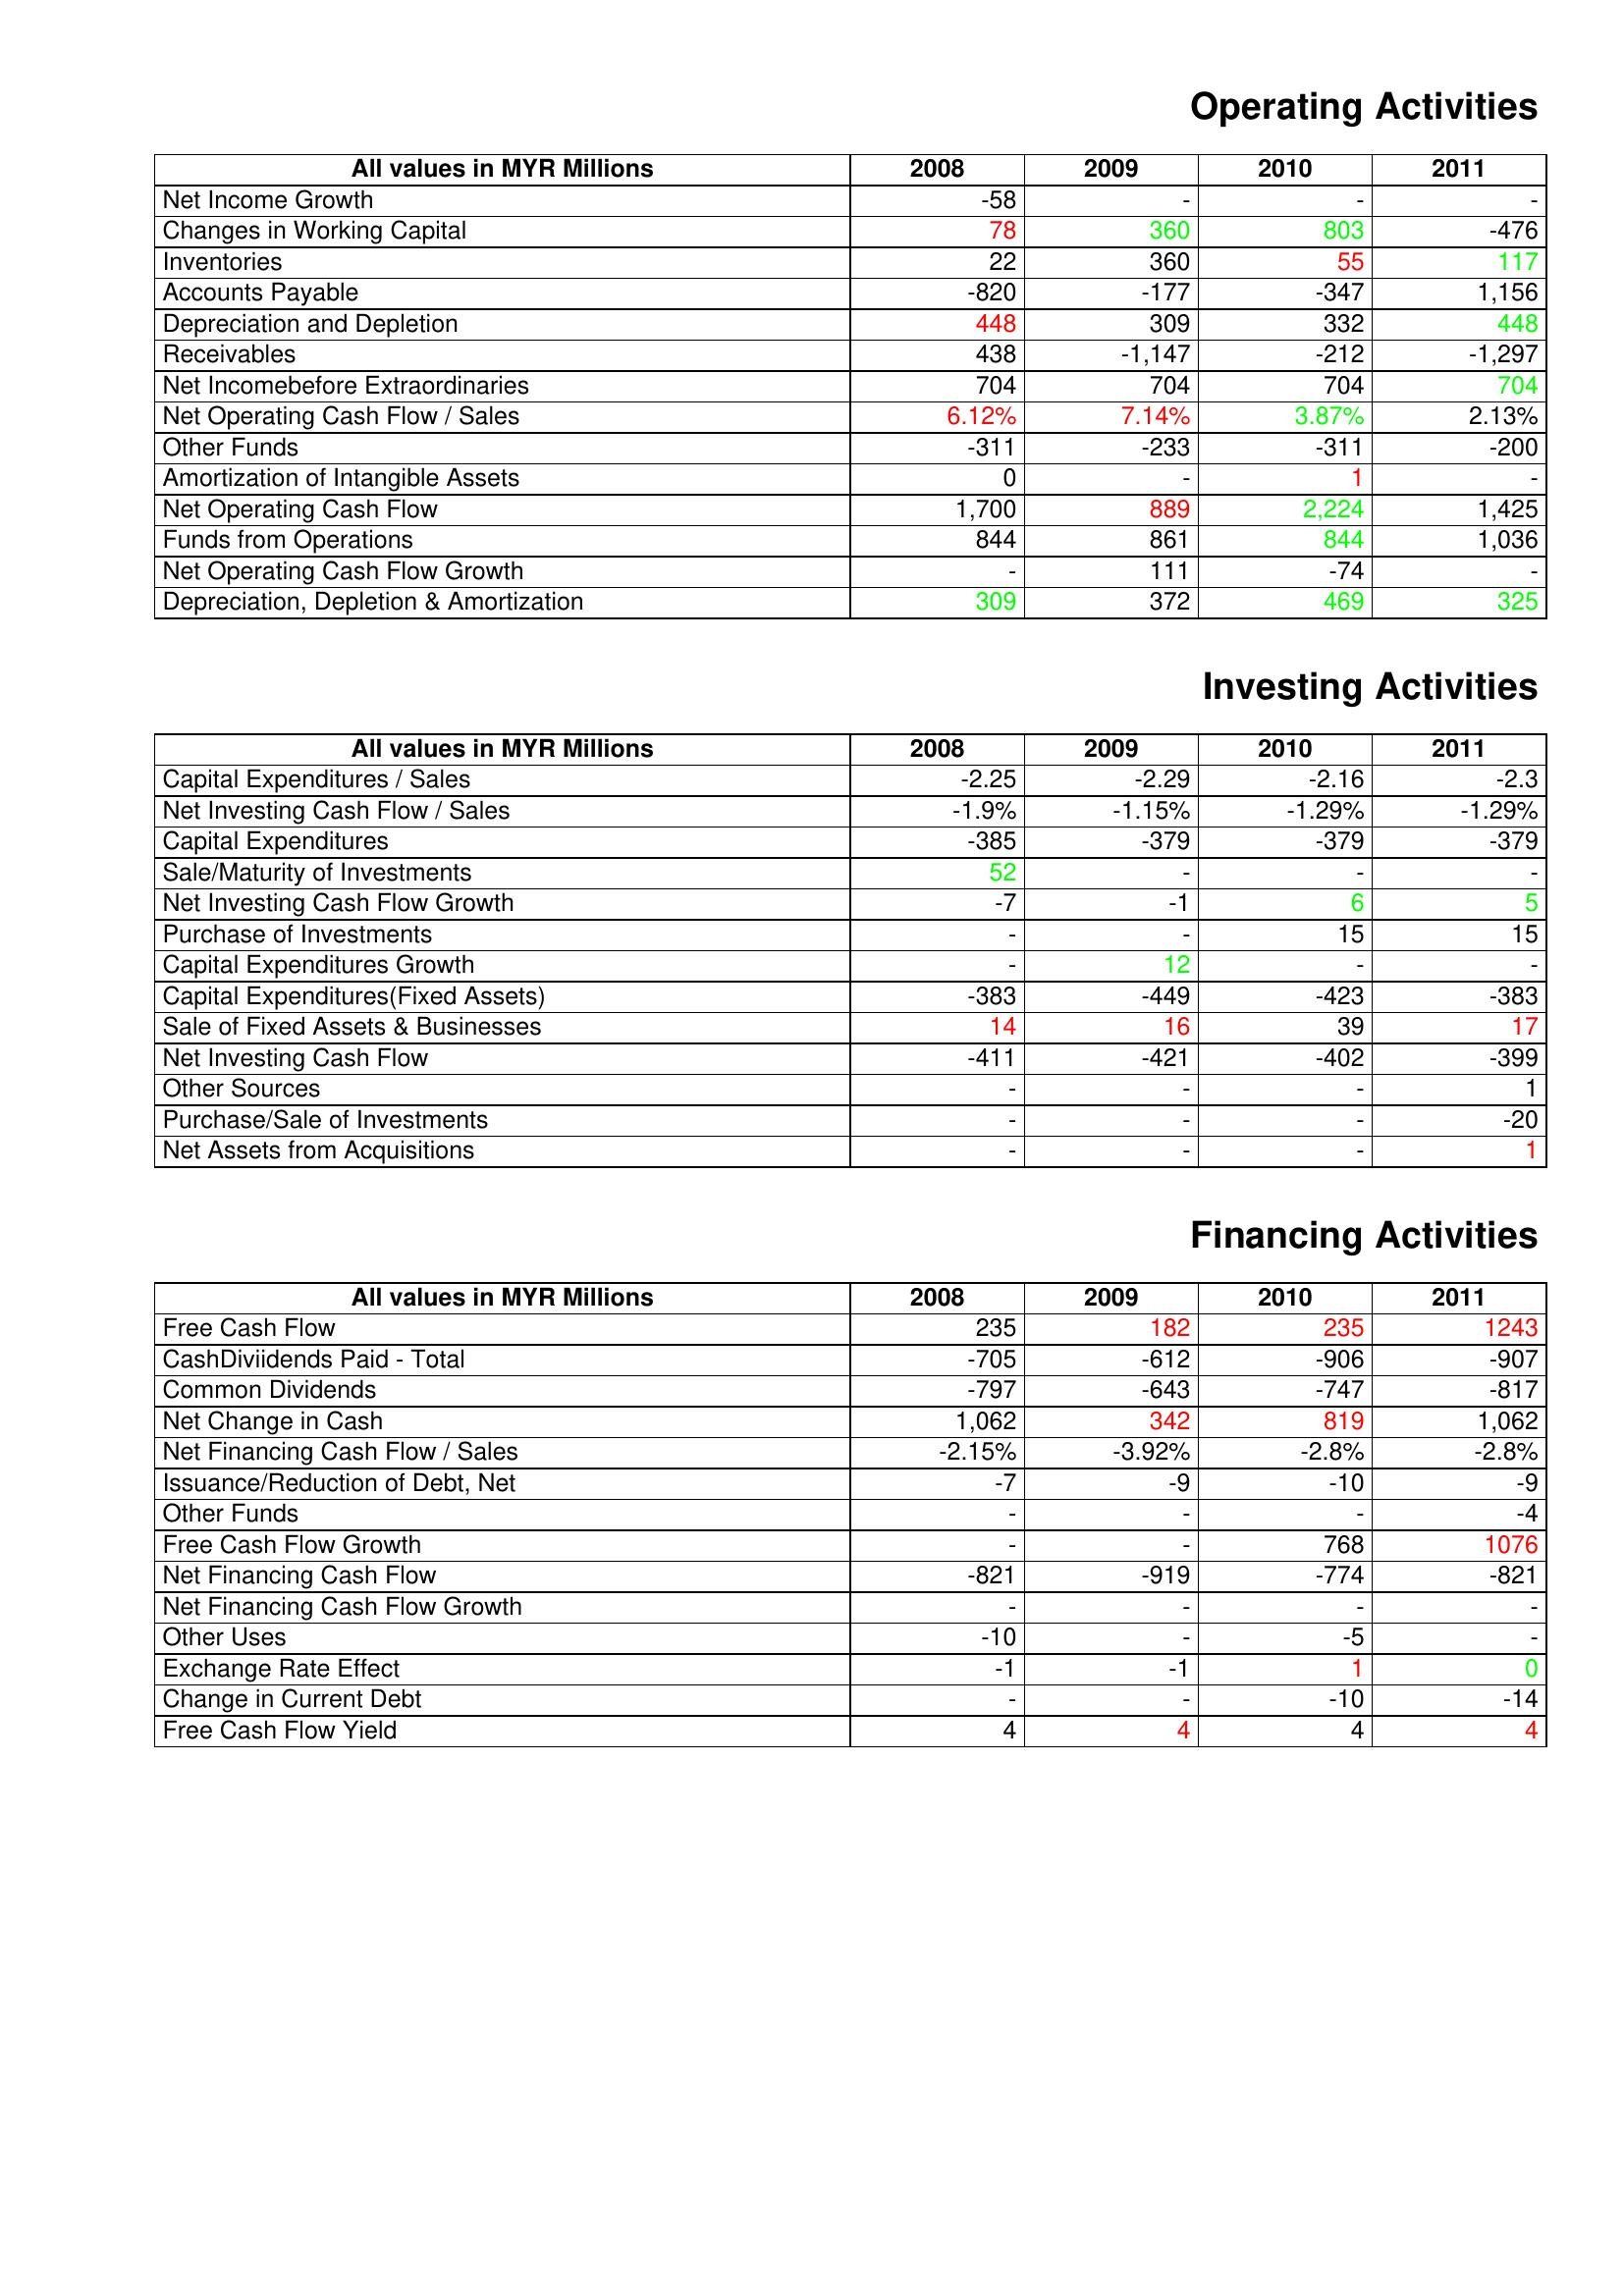
gt_parse: 2008: Operating Activities: Net Income Growth: -58
Changes in Working Capital: 78
Inventories: 22
Accounts Payable: -820
Depreciation and Depletion: 448
Receivables: 438
Net Incomebefore Extraordinaries: 704
Net Operating Cash Flow / Sales: 6.12%
Other Funds: -311
Amortization of Intangible Assets: 0
Net Operating Cash Flow: 1,700
Funds from Operations: 844
Net Operating Cash Flow Growth: -
Depreciation, Depletion & Amortization: 309
Investing Activities: Capital Expenditures / Sales: -2.25
Net Investing Cash Flow / Sales: -1.9%
Capital Expenditures: -385
Sale/Maturity of Investments: 52
Net Investing Cash Flow Growth: -7
Purchase of Investments: -
Capital Expenditures Growth: -
Capital Expenditures(Fixed Assets): -383
Sale of Fixed Assets & Businesses: 14
Net Investing Cash Flow: -411
Other Sources: -
Purchase/Sale of Investments: -
Net Assets from Acquisitions: -
Financing Activities: Free Cash Flow: 235
CashDiviidends Paid - Total: -705
Common Dividends: -797
Net Change in Cash: 1,062
Net Financing Cash Flow / Sales: -2.15%
Issuance/Reduction of Debt, Net: -7
Other Funds: -
Free Cash Flow Growth: -
Net Financing Cash Flow: -821
Net Financing Cash Flow Growth: -
Other Uses: -10
Exchange Rate Effect: -1
Change in Current Debt: -
Free Cash Flow Yield: 4
2009: Operating Activities: Net Income Growth: -
Changes in Working Capital: 360
Inventories: 360
Accounts Payable: -177
Depreciation and Depletion: 309
Receivables: -1,147
Net Incomebefore Extraordinaries: 704
Net Operating Cash Flow / Sales: 7.14%
Other Funds: -233
Amortization of Intangible Assets: -
Net Operating Cash Flow: 889
Funds from Operations: 861
Net Operating Cash Flow Growth: 111
Depreciation, Depletion & Amortization: 372
Investing Activities: Capital Expenditures / Sales: -2.29
Net Investing Cash Flow / Sales: -1.15%
Capital Expenditures: -379
Sale/Maturity of Investments: -
Net Investing Cash Flow Growth: -1
Purchase of Investments: -
Capital Expenditures Growth: 12
Capital Expenditures(Fixed Assets): -449
Sale of Fixed Assets & Businesses: 16
Net Investing Cash Flow: -421
Other Sources: -
Purchase/Sale of Investments: -
Net Assets from Acquisitions: -
Financing Activities: Free Cash Flow: 182
CashDiviidends Paid - Total: -612
Common Dividends: -643
Net Change in Cash: 342
Net Financing Cash Flow / Sales: -3.92%
Issuance/Reduction of Debt, Net: -9
Other Funds: -
Free Cash Flow Growth: -
Net Financing Cash Flow: -919
Net Financing Cash Flow Growth: -
Other Uses: -
Exchange Rate Effect: -1
Change in Current Debt: -
Free Cash Flow Yield: 4
2010: Operating Activities: Net Income Growth: -
Changes in Working Capital: 803
Inventories: 55
Accounts Payable: -347
Depreciation and Depletion: 332
Receivables: -212
Net Incomebefore Extraordinaries: 704
Net Operating Cash Flow / Sales: 3.87%
Other Funds: -311
Amortization of Intangible Assets: 1
Net Operating Cash Flow: 2,224
Funds from Operations: 844
Net Operating Cash Flow Growth: -74
Depreciation, Depletion & Amortization: 469
Investing Activities: Capital Expenditures / Sales: -2.16
Net Investing Cash Flow / Sales: -1.29%
Capital Expenditures: -379
Sale/Maturity of Investments: -
Net Investing Cash Flow Growth: 6
Purchase of Investments: 15
Capital Expenditures Growth: -
Capital Expenditures(Fixed Assets): -423
Sale of Fixed Assets & Businesses: 39
Net Investing Cash Flow: -402
Other Sources: -
Purchase/Sale of Investments: -
Net Assets from Acquisitions: -
Financing Activities: Free Cash Flow: 235
CashDiviidends Paid - Total: -906
Common Dividends: -747
Net Change in Cash: 819
Net Financing Cash Flow / Sales: -2.8%
Issuance/Reduction of Debt, Net: -10
Other Funds: -
Free Cash Flow Growth: 768
Net Financing Cash Flow: -774
Net Financing Cash Flow Growth: -
Other Uses: -5
Exchange Rate Effect: 1
Change in Current Debt: -10
Free Cash Flow Yield: 4
2011: Operating Activities: Net Income Growth: -
Changes in Working Capital: -476
Inventories: 117
Accounts Payable: 1,156
Depreciation and Depletion: 448
Receivables: -1,297
Net Incomebefore Extraordinaries: 704
Net Operating Cash Flow / Sales: 2.13%
Other Funds: -200
Amortization of Intangible Assets: -
Net Operating Cash Flow: 1,425
Funds from Operations: 1,036
Net Operating Cash Flow Growth: -
Depreciation, Depletion & Amortization: 325
Investing Activities: Capital Expenditures / Sales: -2.3
Net Investing Cash Flow / Sales: -1.29%
Capital Expenditures: -379
Sale/Maturity of Investments: -
Net Investing Cash Flow Growth: 5
Purchase of Investments: 15
Capital Expenditures Growth: -
Capital Expenditures(Fixed Assets): -383
Sale of Fixed Assets & Businesses: 17
Net Investing Cash Flow: -399
Other Sources: 1
Purchase/Sale of Investments: -20
Net Assets from Acquisitions: 1
Financing Activities: Free Cash Flow: 1243
CashDiviidends Paid - Total: -907
Common Dividends: -817
Net Change in Cash: 1,062
Net Financing Cash Flow / Sales: -2.8%
Issuance/Reduction of Debt, Net: -9
Other Funds: -4
Free Cash Flow Growth: 1076
Net Financing Cash Flow: -821
Net Financing Cash Flow Growth: -
Other Uses: -
Exchange Rate Effect: 0
Change in Current Debt: -14
Free Cash Flow Yield: 4